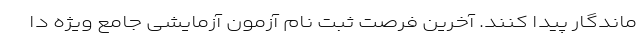
ماندگار پیدا کنند. آخرین فرصت ثبت نام آزمون­ آزمایشی جامع ویژه دا